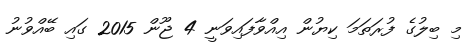
މި ބިލުގެ ފުރަތަމަ ކިޔުން އިއްވާފައިވަނީ 4 ޖޫން 2015 ގައި ބޭއްވުނު